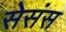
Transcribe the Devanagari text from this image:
सेसंस